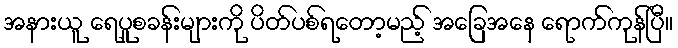
အနားယူ ရေပူစခန်းများကို ပိတ်ပစ်ရတော့မည့် အခြေအနေ ရောက်ကုန်ပြီ။